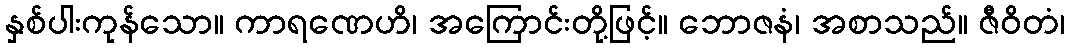
နှစ်ပါးကုန်သော။ ကာရဏေဟိ၊ အကြောင်းတို့ဖြင့်။ ဘောဇနံ၊ အစာသည်။ ဇီဝိတံ၊